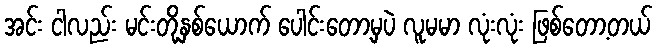
အင်း ငါလည်း မင်းတို့နှစ်ယောက် ပေါင်းတော့မှပဲ လူမမာ လုံးလုံး ဖြစ်တော့တယ်